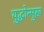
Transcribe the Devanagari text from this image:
युद्धोन्मुख